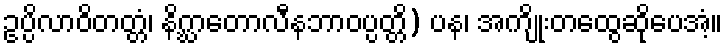
ဥပ္ပိလာဝိတတ္တံ၊ နိဂ္ဃာတောလီနဘာဝပ္ပတ္တိ) ပန၊ အကျိုးတထွေဆိုပေအံ့။